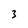
Character: 3